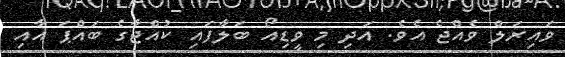
ވައިރަލް ވެއްޖެ އެވެ. އަދި މި ވީޑިއޯ ބަލާފައި ކުއްޖާގެ ބައްޕަ އާއި